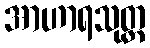
အာဟာရသုတ္တ